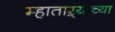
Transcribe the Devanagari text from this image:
म्हाताऱ्याच्या